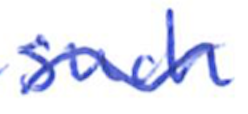
Text: such
Cross-out: mix
Writing tool: ballpoint